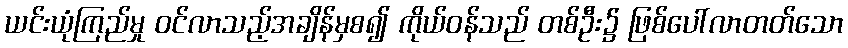
ယင်းယုံကြည်မှု ဝင်လာသည့်အချိန်မှစ၍ ကိုယ်ဝန်သည် တစ်ဦး၌ ဖြစ်ပေါ်လာတတ်သော